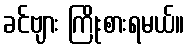
ခင်ဗျား ကြိုးစားရမယ်။